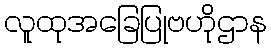
လူထုအခြေပြုဗဟိုဌာန